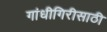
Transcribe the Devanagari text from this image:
गांधीगिरीसाठी